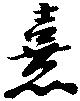
熹